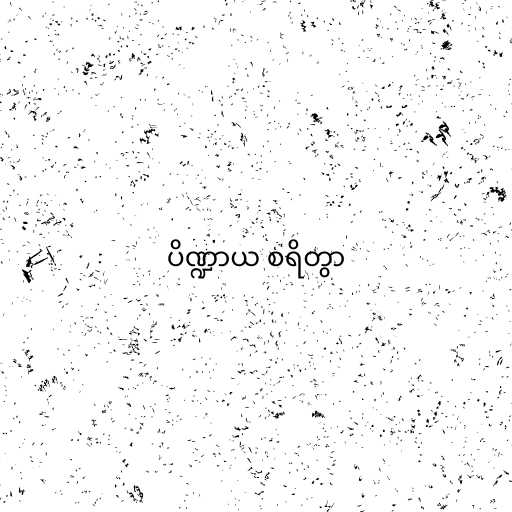
ပိဏ္ဍာယ စရိတွာ